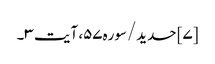
[۷] حدید/سوره۵۷، آیت ۳۔